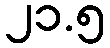
၂၁.၅